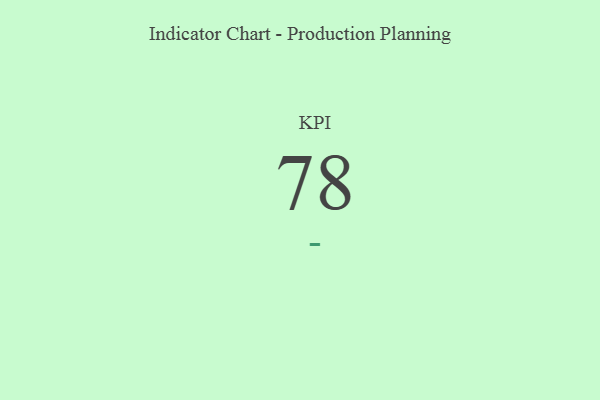
{"axis": {"x": "KPI", "y": "Value"}, "legend": [""], "data": [{"x": "KPI", "y": 78, "type": ""}]}